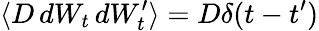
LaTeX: \langle D\, dW_{t}\, dW_{t}^{\prime}\rangle=D\delta(t-t^{\prime})